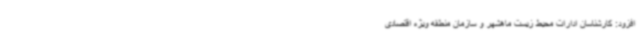
افزود: کارشناسان ادارات محیط زیست ماهشهر و سازمان منطقه ویژه اقتصادی